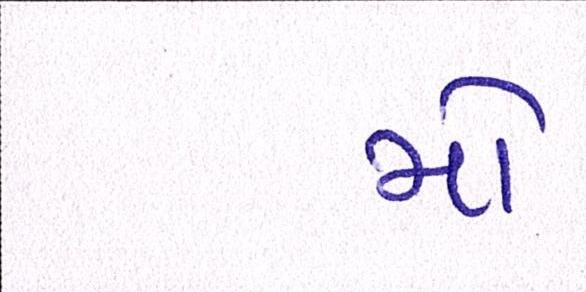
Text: મોં